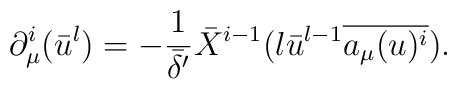
\partial_{\mu}^i (\bar{u}^l) =  -\frac{1}{\bar{\delta'}} \bar{X}^{i-1}  (l \bar{u}^{l-1} \overline{a_{\mu}(u)^i}).